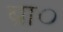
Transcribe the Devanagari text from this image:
ब्रा०